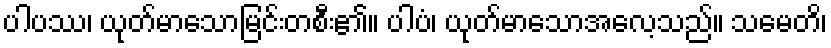
ပါပဿ၊ ယုတ်မာသောမြင်းတစီး၏။ ပါပံ၊ ယုတ်မာသောအလေ့သည်။ သမေတိ၊